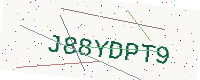
Text: J88YDPT9